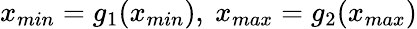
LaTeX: x_{min}=g_{1}(x_{min}),\ x_{max}=g_{2}(x_{max})